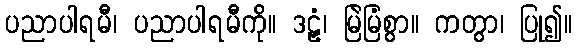
ပညာပါရမီ၊ ပညာပါရမီကို။ ဒဠှံ၊ မြဲမြံစွာ။ ကတွာ၊ ပြု၍။